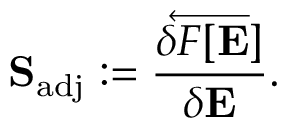
\mathbf { S } _ { \mathrm { a d j } } : = \overleftarrow { \frac { \delta F [ \mathbf { E } ] } { \delta \mathbf { E } } } .